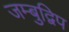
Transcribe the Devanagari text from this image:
जम्‍बुद्विप